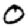
Digit: 0